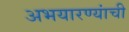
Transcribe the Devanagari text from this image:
अभयारण्यांची